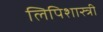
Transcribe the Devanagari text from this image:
लिपिशास्त्री